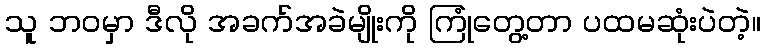
သူ ဘဝမှာ ဒီလို အခက်အခဲမျိုးကို ကြုံတွေ့တာ ပထမဆုံးပဲတဲ့။